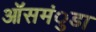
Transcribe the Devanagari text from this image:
ऑसमंुडा